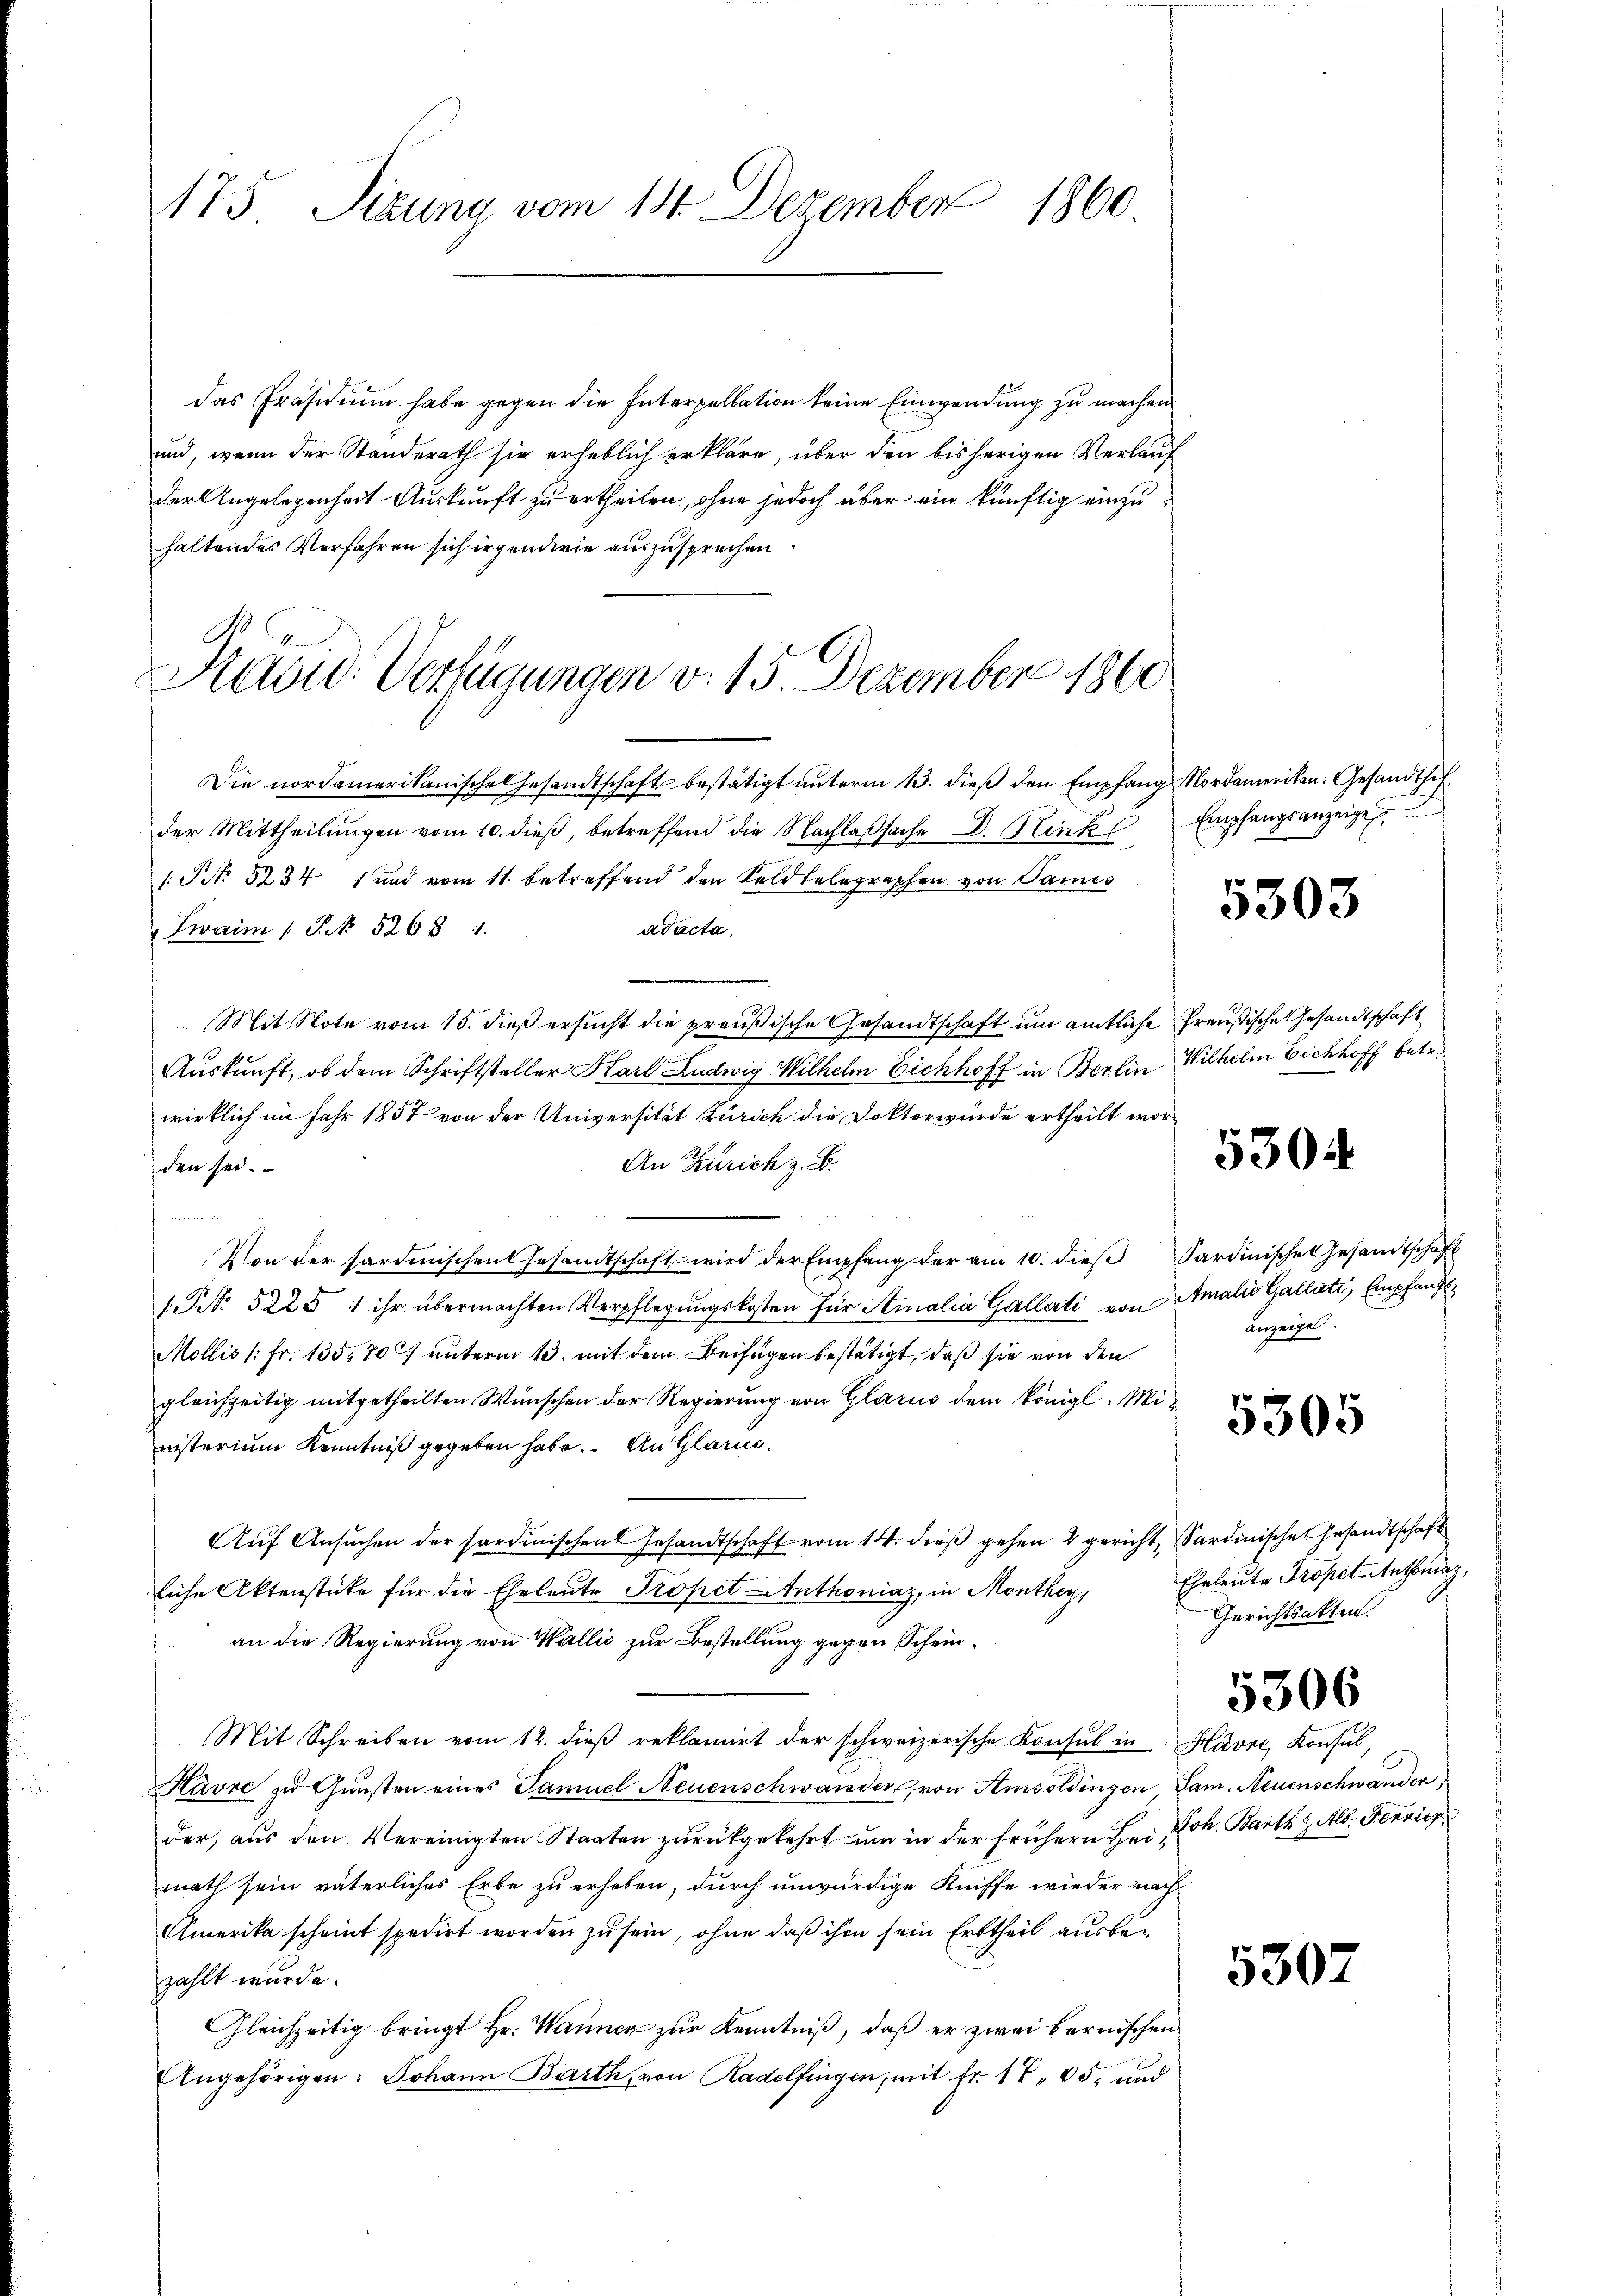
175 Sizung vom 14. Dezember 1860.

das Präsidium habe gegen die Interpellation keine Einwendung zu machen
und, wenn der Standerath sie erheblich erkläre, über den bisherigen Verlauf
der Angelegenheit Auskunft zu ertheilen, ohne jedoch aber ein künftig einzuhaltendes Verfahren sich irgendwie auszusprechen
Die nordamerikanische Gesandtschaft bestätigt unterm 13. dieß den Empfang Nordameriken. Gesandthifder Mittheilungen vom 10. dieß, betreffend die Nachlaßsache D. Hinkl
PNo 5234 und vom 11. betreffend den Feldtelegraphen von Sames
adacta.
Zwaim  P. No. 5268 1.
Mit Note vom 15. dieß ersucht die preußische Gesandtschaft um amtliche Preußische Gesandtschaft
Auskunft, ob dem Schriftsteller Karl Ludwig Wilhelm Eichhoff in Berlin Wilhelm Eichhoff betr.
wirklich im Jahr 1857 von der Universität Zürich die Doktorwürde ertheilt wor¬
An Zürich z. B.
den sei.

Von der sardinischen Gesandtschaft wird der Empfang der am 10. dieβ Sardinische Gesandtschaft
1. No. 5225 1 ihr übermachten Verpflegŭngskosten für Amalia Gallati von Amalia Gallati, Empfang
Mollis 1 Fr. 135. 70) unterm 13. mit dem Beifügen bestätigt, daß sie von den
gleichzeitig mitgetheilten Wünschen der Regierung von Glarus dem Königl. Mi
nisterium Kenntniß gegeben habe. An Glarus
Aŭf Ansŭchen der sardinischen Gesandtschaft vom 14. dieβ gehen 4 gericht Sardinisches Gesandtschaft
liche Aktenstücke für die Eheleute Propet Anthoniaz, in Monthey,
an die Regierung von Wallis zur Bestellung gegen Schein¬
Mit Schreiben vom 12. dieβ reklamiert der schweizerische Konsul in Havre, Konsul,
Kavre zŭ Gŭnsten eines Samuel Neuenschwander, von Amsoldingen Sam. Neuenschwander,
der, aus den Vereinigten Staaten zurückgekehrt um in der frühern Bei Joh. Barth u. Alb. Ferric
math sein väterliches Erbe zu erheben, durch unwürdige Kniffe wieder nach
Amerika scheint spedirt worden zu sein, ohne daß ihm sein Erbtheil ausbezählt wurde.
Gleichzeitig bringt Hr. Wannen zur Kenntniß, daß er zwei bernischen
Angehörigen: Johann Barth, von Radelfingen, mit fr. 1 705, und

G C
Kauid: Verfügungen v. 15. Dezember 1860

Empfangsanzeigel.

5303

5304

anzeigel.

5305

Eheleute Propet-Antrag,
Gerichtsakten.

5306

5307